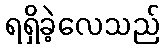
ရရှိခဲ့လေသည်